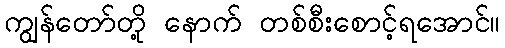
ကျွန်တော်တို့ နောက် တစ်စီးစောင့်ရအောင်။